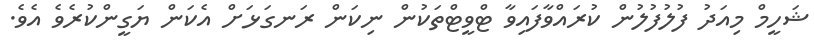
ޝަހީމް މިއަދު ފުލުފުލުން ކުރައްވާފައިވާ ޓްވީޓްތަކުން ނިކަން ރަނގަޅަށް އެކަން ޔަގީންކުރެވެ އެވެ.